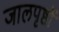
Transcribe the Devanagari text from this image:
जालपृष्ठों